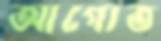
আগোত